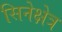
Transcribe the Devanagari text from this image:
सिनेक्षेत्र